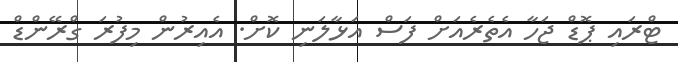
ޓްރައި ޕޮޑް ޖަހާ އެތެރެއަށް ފަސް އަޅާލަނި ކޮޮށް. އެއިރުން މިފުރަަ ގްރޭންޑް